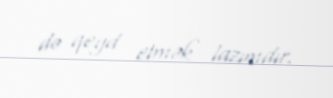
də qeyd etmək lazımdır.